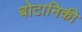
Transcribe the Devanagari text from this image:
बोटानिकी